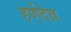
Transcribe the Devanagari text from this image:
हर्णदेव